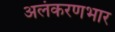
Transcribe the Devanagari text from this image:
अलंकरणभार